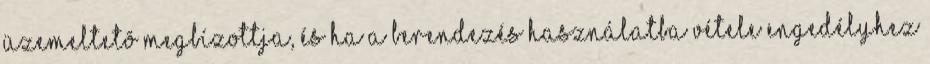
üzemeltetõ megbízottja, és ha a berendezés használatba vétele engedélyhez